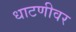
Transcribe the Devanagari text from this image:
धाटणीवर